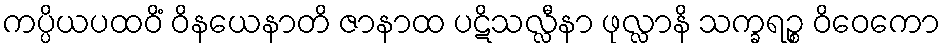
ကပ္ပိယပထဝိံ ဝိနယေနာတိ ဇာနာထ ပဋိသလ္လီနာ ဖုလ္လာနိ သက္ခရဉ္စ ဝိဝေကော